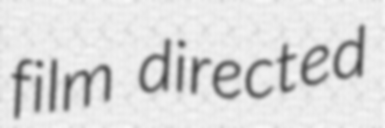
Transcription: film directed